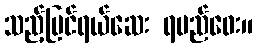
သည့်ပြင်ရယ်ဆေး ရမည်ဝေး။